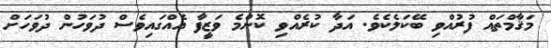
މަޤާމްތައް ފުރުއްވި ބޭކަލެކެވެ. އަދާ ކުރެއްވި ކޮންމެ ވަޒީފާ އެއްގައިވެސް ދުވަހުން ދުވަހަށް